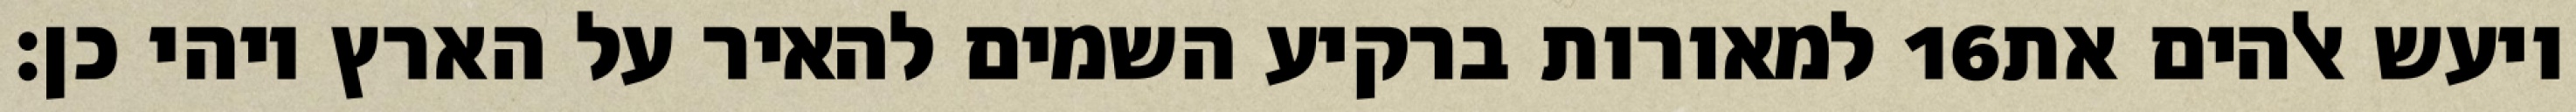
למאורות ברקיע השמים להאיר על הארץ ויהי כן׃ ‎16‏ ויעש אלהים את